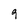
Character: 9